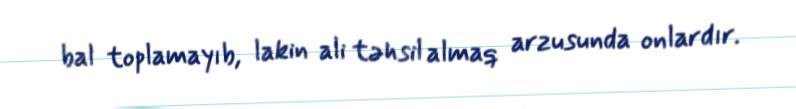
bal toplamayıb, lakin ali təhsil almaq arzusunda onlardır.